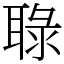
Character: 䎼